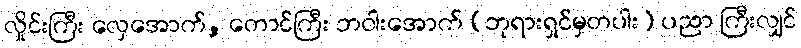
လှိုင်းကြီး လှေအောက်, တောင်ကြီး ဘဝါးအောက် (ဘုရားရှင်မှတပါး) ပညာ ကြီးလျှင်